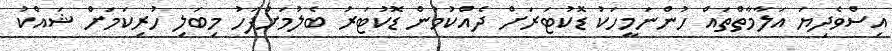
އިސްވެދިޔަ އަލާމާތްތައް ހުންނަމީހަކު ޑޮކުޓަރަށް ދެއްކުމުން ޑޮކުޓަރު ބެލުމަށްފަހު މިބަލި ހުރިކަމަށް ޝައްކު